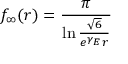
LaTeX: f _ { \infty } ( r ) = \frac { \pi } { \ln \frac { \sqrt { 6 } } { e ^ { \gamma _ { E } } r } }